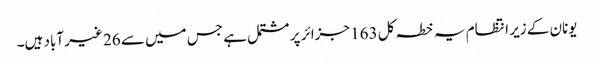
یونان کے زیر انتظام یہ خطہ کل 163 جزائر پر مشتمل ہے جس میں سے 26 غیر آباد ہیں۔